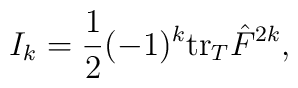
I_k = {1\over 2}(-1)^k{\rm tr}_{T} \hat F^{2k},